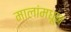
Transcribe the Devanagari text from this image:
मालांमधून